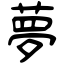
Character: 夢